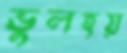
ভুলহয়